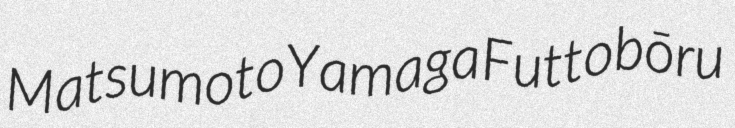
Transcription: Matsumoto Yamaga Futtobōru